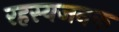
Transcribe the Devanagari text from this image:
रहस्यजनक